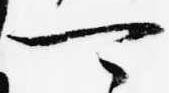
可